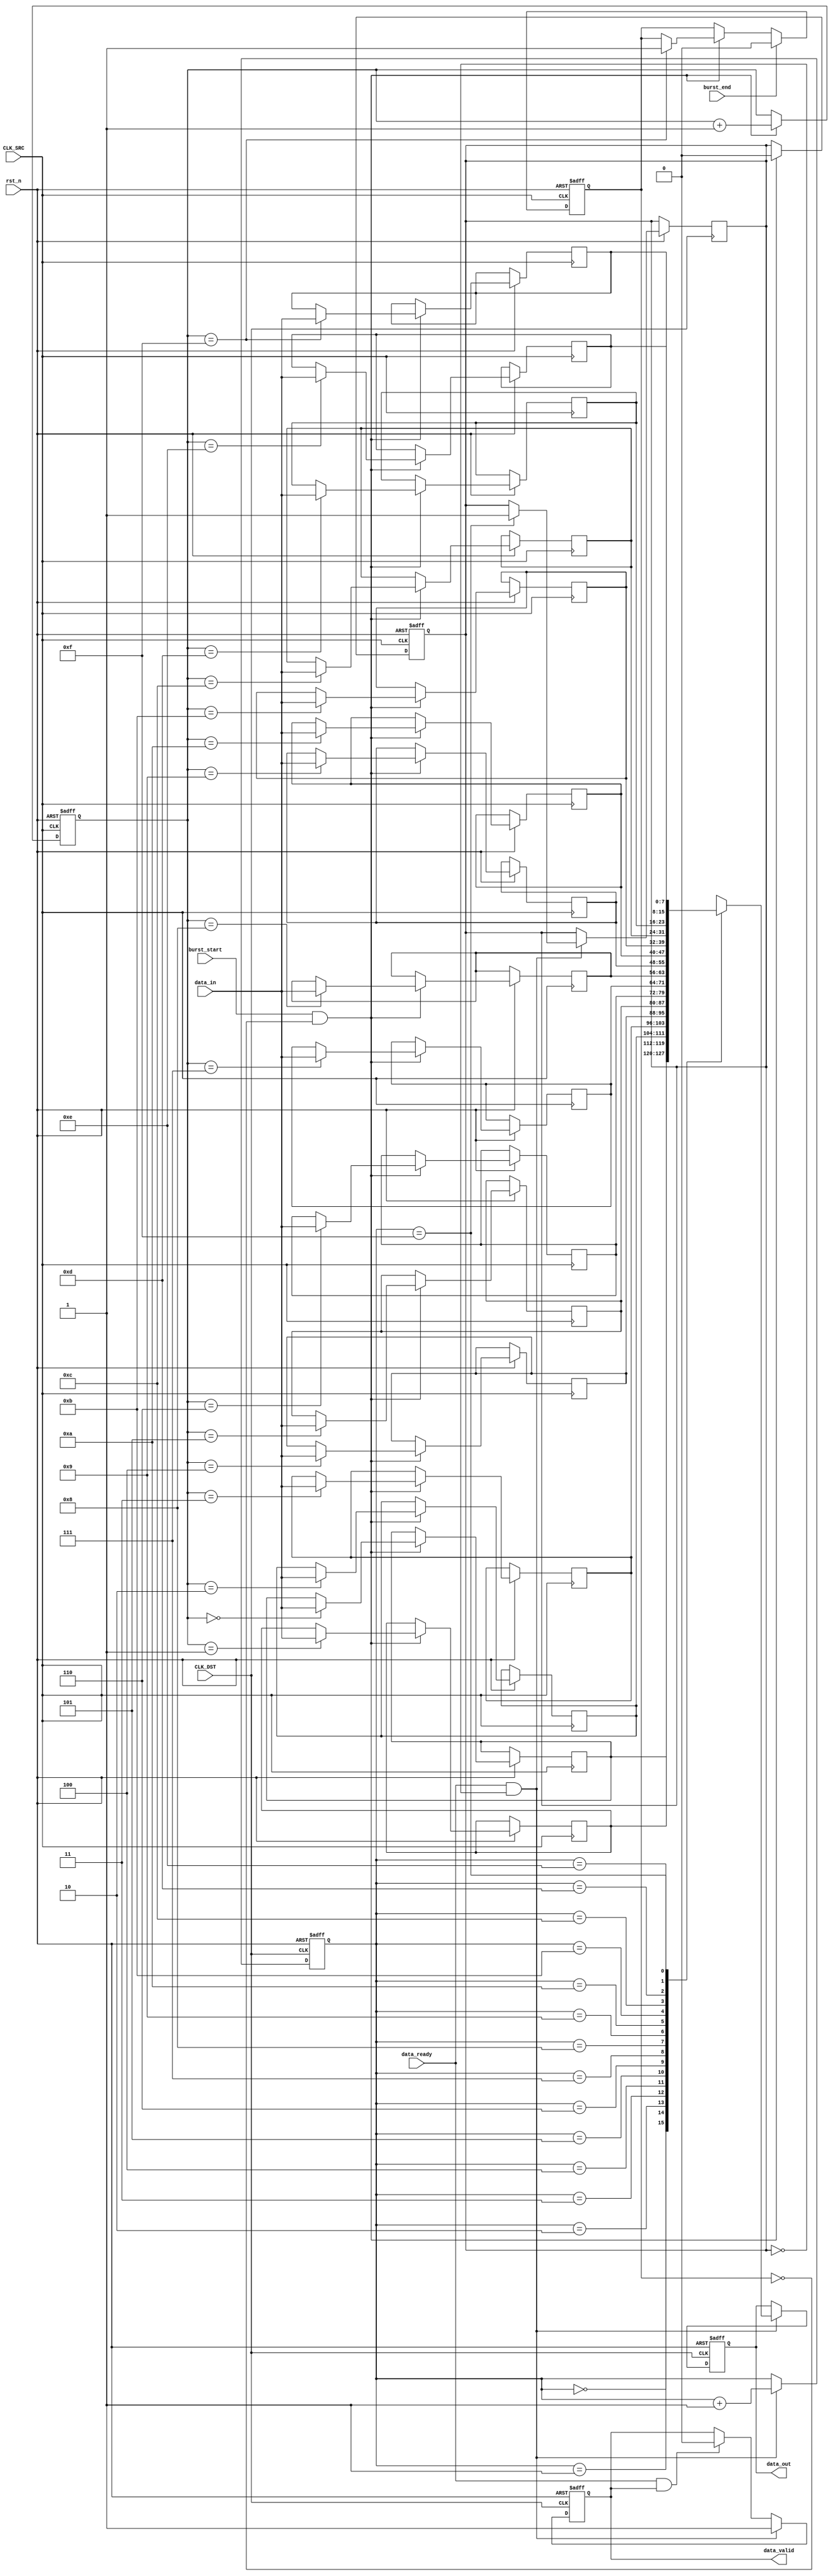
module burst_mode_synchronizer #(
    parameter DATA_WIDTH = 8,        // Width of the data bus
    parameter FIFO_DEPTH = 16         // Depth of the FIFO buffer
)(
    input wire CLK_SRC,               // Source clock
    input wire CLK_DST,               // Destination clock
    input wire rst_n,                 // Active low reset
    input wire [DATA_WIDTH-1:0] data_in, // Data input from source domain
    input wire burst_start,           // Signal to indicate the start of burst
    input wire burst_end,             // Signal to indicate the end of burst
    output wire [DATA_WIDTH-1:0] data_out, // Synchronized data output to destination domain
    output wire data_valid,           // Handshake signal: data is valid
    input wire data_ready             // Handshake signal: destination ready to receive data
);

    // FIFO buffer implementation (simplified)
    reg [DATA_WIDTH-1:0] fifo [0:FIFO_DEPTH-1];
    reg [3:0] write_pointer;
    reg [3:0] read_pointer;
    reg fifo_full;
    reg fifo_empty;

    // Handshaking signals
    reg [1:0] state;
    localparam IDLE = 2'b00, WRITING = 2'b01, READING = 2'b10;

    // Reset logic
    always @(posedge CLK_SRC or negedge rst_n) begin
        if (!rst_n) begin
            write_pointer <= 0;
            fifo_full <= 0;
            fifo_empty <= 1;
            state <= IDLE;
        end else begin
            if (burst_start && !fifo_full) begin
                fifo[write_pointer] <= data_in;
                write_pointer <= write_pointer + 1;
                if (write_pointer == FIFO_DEPTH-1) fifo_full <= 1; 
                fifo_empty <= 0;
            end
            if (burst_end) begin
                fifo_full <= 0; 
            end
        end
    end

    // Synchronization logic
    reg [DATA_WIDTH-1:0] sync_data;
    reg valid_reg;

    always @(posedge CLK_DST or negedge rst_n) begin
        if (!rst_n) begin
            read_pointer <= 0;
            sync_data <= 0;
            valid_reg <= 0;
        end else begin
            if (data_ready && !fifo_empty) begin
                sync_data <= fifo[read_pointer];
                valid_reg <= 1;
                read_pointer <= read_pointer + 1;
                if (read_pointer == FIFO_DEPTH-1) fifo_empty <= 1; 
            end else if (data_ready && valid_reg) begin
                valid_reg <= 0; // Clear valid once data is read
            end
        end
    end

    // Outputs
    assign data_out = sync_data;
    assign data_valid = valid_reg;

endmodule